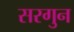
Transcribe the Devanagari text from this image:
सरगुन